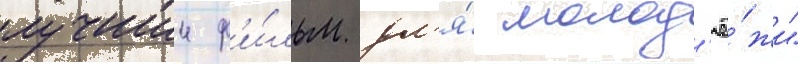
лучшии ф'и́льм дл'я́ молод'ё́жи"